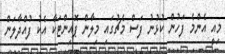
މިއީ އެންމެ ފަހުން ކުޅުނު ފަސް މެޗުގައި މިލާން ޕޮއިންޓަކާ އެކު ފުއްދާލަން